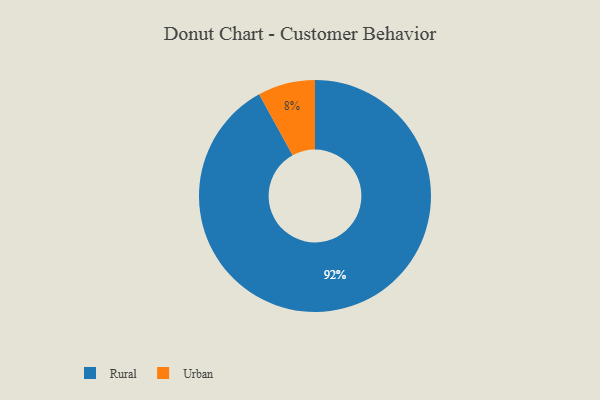
{"axis": {"x": "Category", "y": "Percentage"}, "legend": ["Rural", "Urban"], "data": [{"x": "Rural", "y": 92, "type": "Rural"}, {"x": "Urban", "y": 8, "type": "Urban"}]}